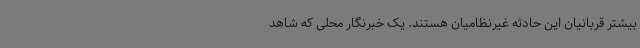
بیشتر قربانیان این حادثه غیرنظامیان هستند. یک خبرنگار محلی که شاهد